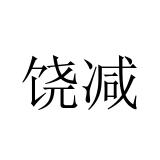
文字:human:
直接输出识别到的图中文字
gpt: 饶减